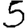
Digit: 5